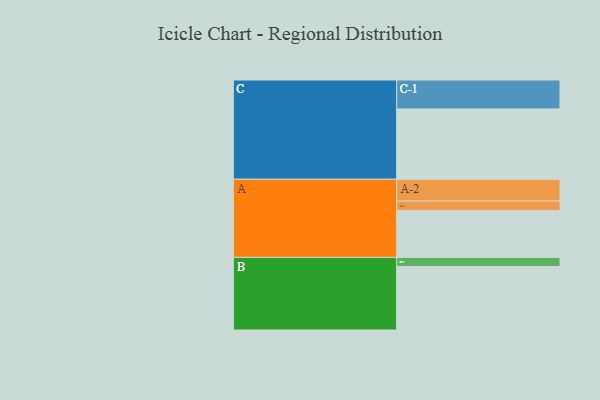
{"axis": {"x": "Segment", "y": "Value"}, "legend": ["", "A", "B", "C"], "data": [{"x": "A", "y": 372, "type": ""}, {"x": "B", "y": 505, "type": ""}, {"x": "C", "y": 559, "type": ""}, {"x": "A-1", "y": 76, "type": "A"}, {"x": "A-2", "y": 173, "type": "A"}, {"x": "B-1", "y": 72, "type": "B"}, {"x": "C-1", "y": 230, "type": "C"}]}